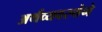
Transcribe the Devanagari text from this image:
अर्थव्यवस्थेने